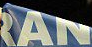
AN